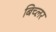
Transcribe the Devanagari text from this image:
बिच्लर